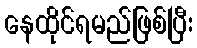
နေထိုင်ရမည်ဖြစ်ပြီး